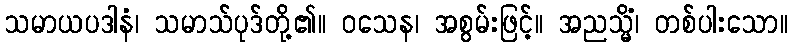
သမာယပဒါနံ၊ သမာသ်ပုဒ်တို့၏။ ဝသေန၊ အစွမ်းဖြင့်။ အညသ္မိံ၊ တစ်ပါးသော။